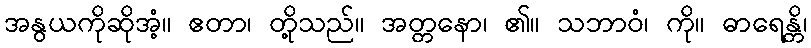
အနွယကိုဆိုအံ့။ ဧတာ၊ တို့သည်။ အတ္တနော၊ ၏။ သဘာဝံ၊ ကို။ ဓာရေန္တိ၊